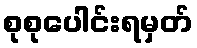
စုစုပေါင်းရမှတ်